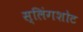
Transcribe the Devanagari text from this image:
स्लिंगशोट